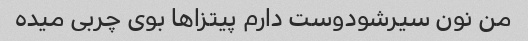
من نون سیرشودوست دارم پیتزاها بوی چربی میده